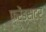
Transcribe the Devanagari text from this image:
फ़्रेंड्स्टर